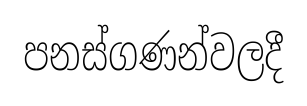
පනස්ගණන්වලදී